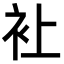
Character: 𧘕